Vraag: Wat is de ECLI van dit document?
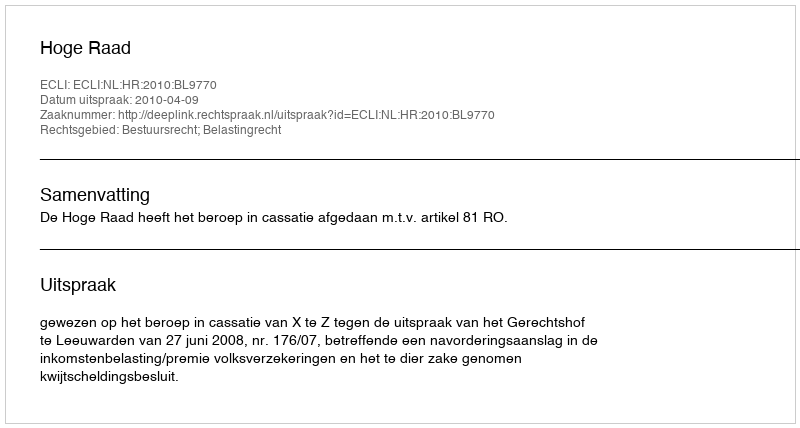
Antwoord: ECLI:NL:HR:2010:BL9770